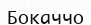
Бокаччо